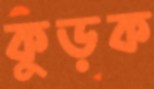
কুড়ক